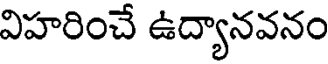
విహరించే ఉద్యానవనం